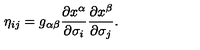
\eta _ { i j } = g _ { \alpha \beta } \frac { \partial x ^ { \alpha } } { \partial \sigma _ { i } } \frac { \partial x ^ { \beta } } { \partial \sigma _ { j } } .